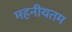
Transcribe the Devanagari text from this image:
महनीयतम